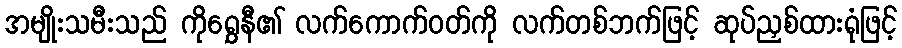
အမျိုးသမီးသည် ကိုရွှေနီ၏ လက်ကောက်ဝတ်ကို လက်တစ်ဘက်ဖြင့် ဆုပ်ညှစ်ထားရုံဖြင့်